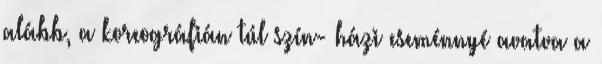
alább, a koreográfián túl szín- házi eseménnyé avatva a